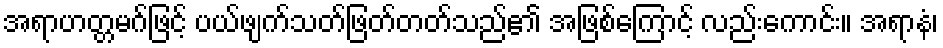
အရာဟတ္တမဂ်ဖြင့် ပယ်ဖျက်သတ်ဖြတ်တတ်သည်၏ အဖြစ်ကြောင့် လည်းကောင်း။ အရာနံ၊